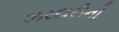
ઝરદારીની